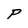
Character: P